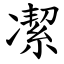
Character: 㓗